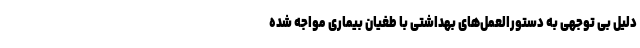
دلیل بی توجهی به دستورالعمل‌های بهداشتی با طغیان بیماری مواجه شده